Punjab Mental Hospital Lahore 1932-46 - 1932-1946
Year: 1932
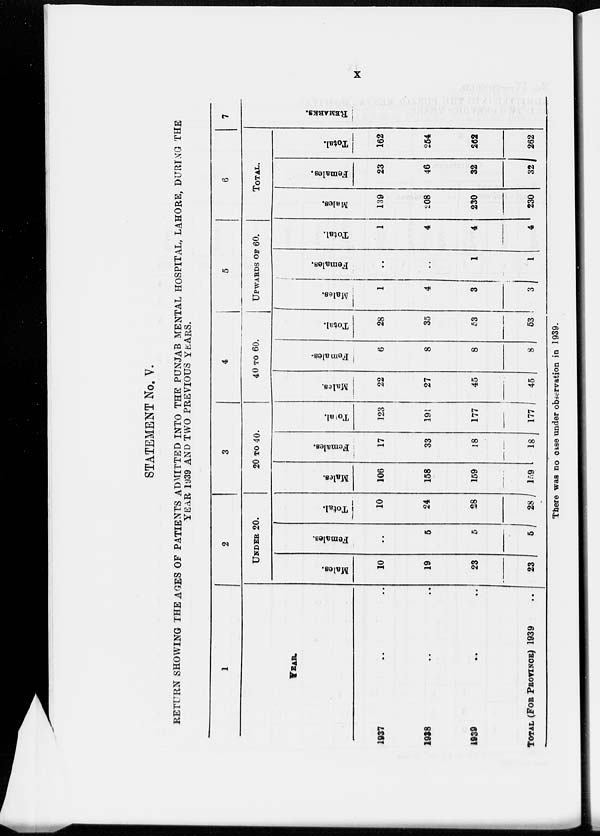
x
STATEMENT No. V.
RETURN SHOWING THE AGES OF PATIENTS ADMITTED INTO THE PUNJAB MENTAL HOSPITAL, LAHORE, DURING THE
YEAR 1939 AND TWO PREVIOUS YEARS.
1
YEAR.
1937 .. ..
1938 .. ..
1939 .. ..
TOTAL (FOR PROVINCE) 1939 ..
2
UNDER 20.
Males.
10
19
23
23
Females.
..
5
5
5
Total.
10
24
28
28
3
20 TO 40.
Males.
106
158
159
159
Females.
17
33
18
18
Total.
123
191
177
177
4
40 TO 60.
Males.
22
27
45
45
Females.
6
8
8
8
Total.
28
35
53
53
5
UPWARDS OF 60.
Males.
1
4
3
3
Females.
..
..
1
1
Total.
1
4
4
4
6
TOTAL.
Males.
139
208
230
230
Females.
23
46
32
32
Total.
162
254
262
262
7
REMARKS.
There was no case under observation in 1939.